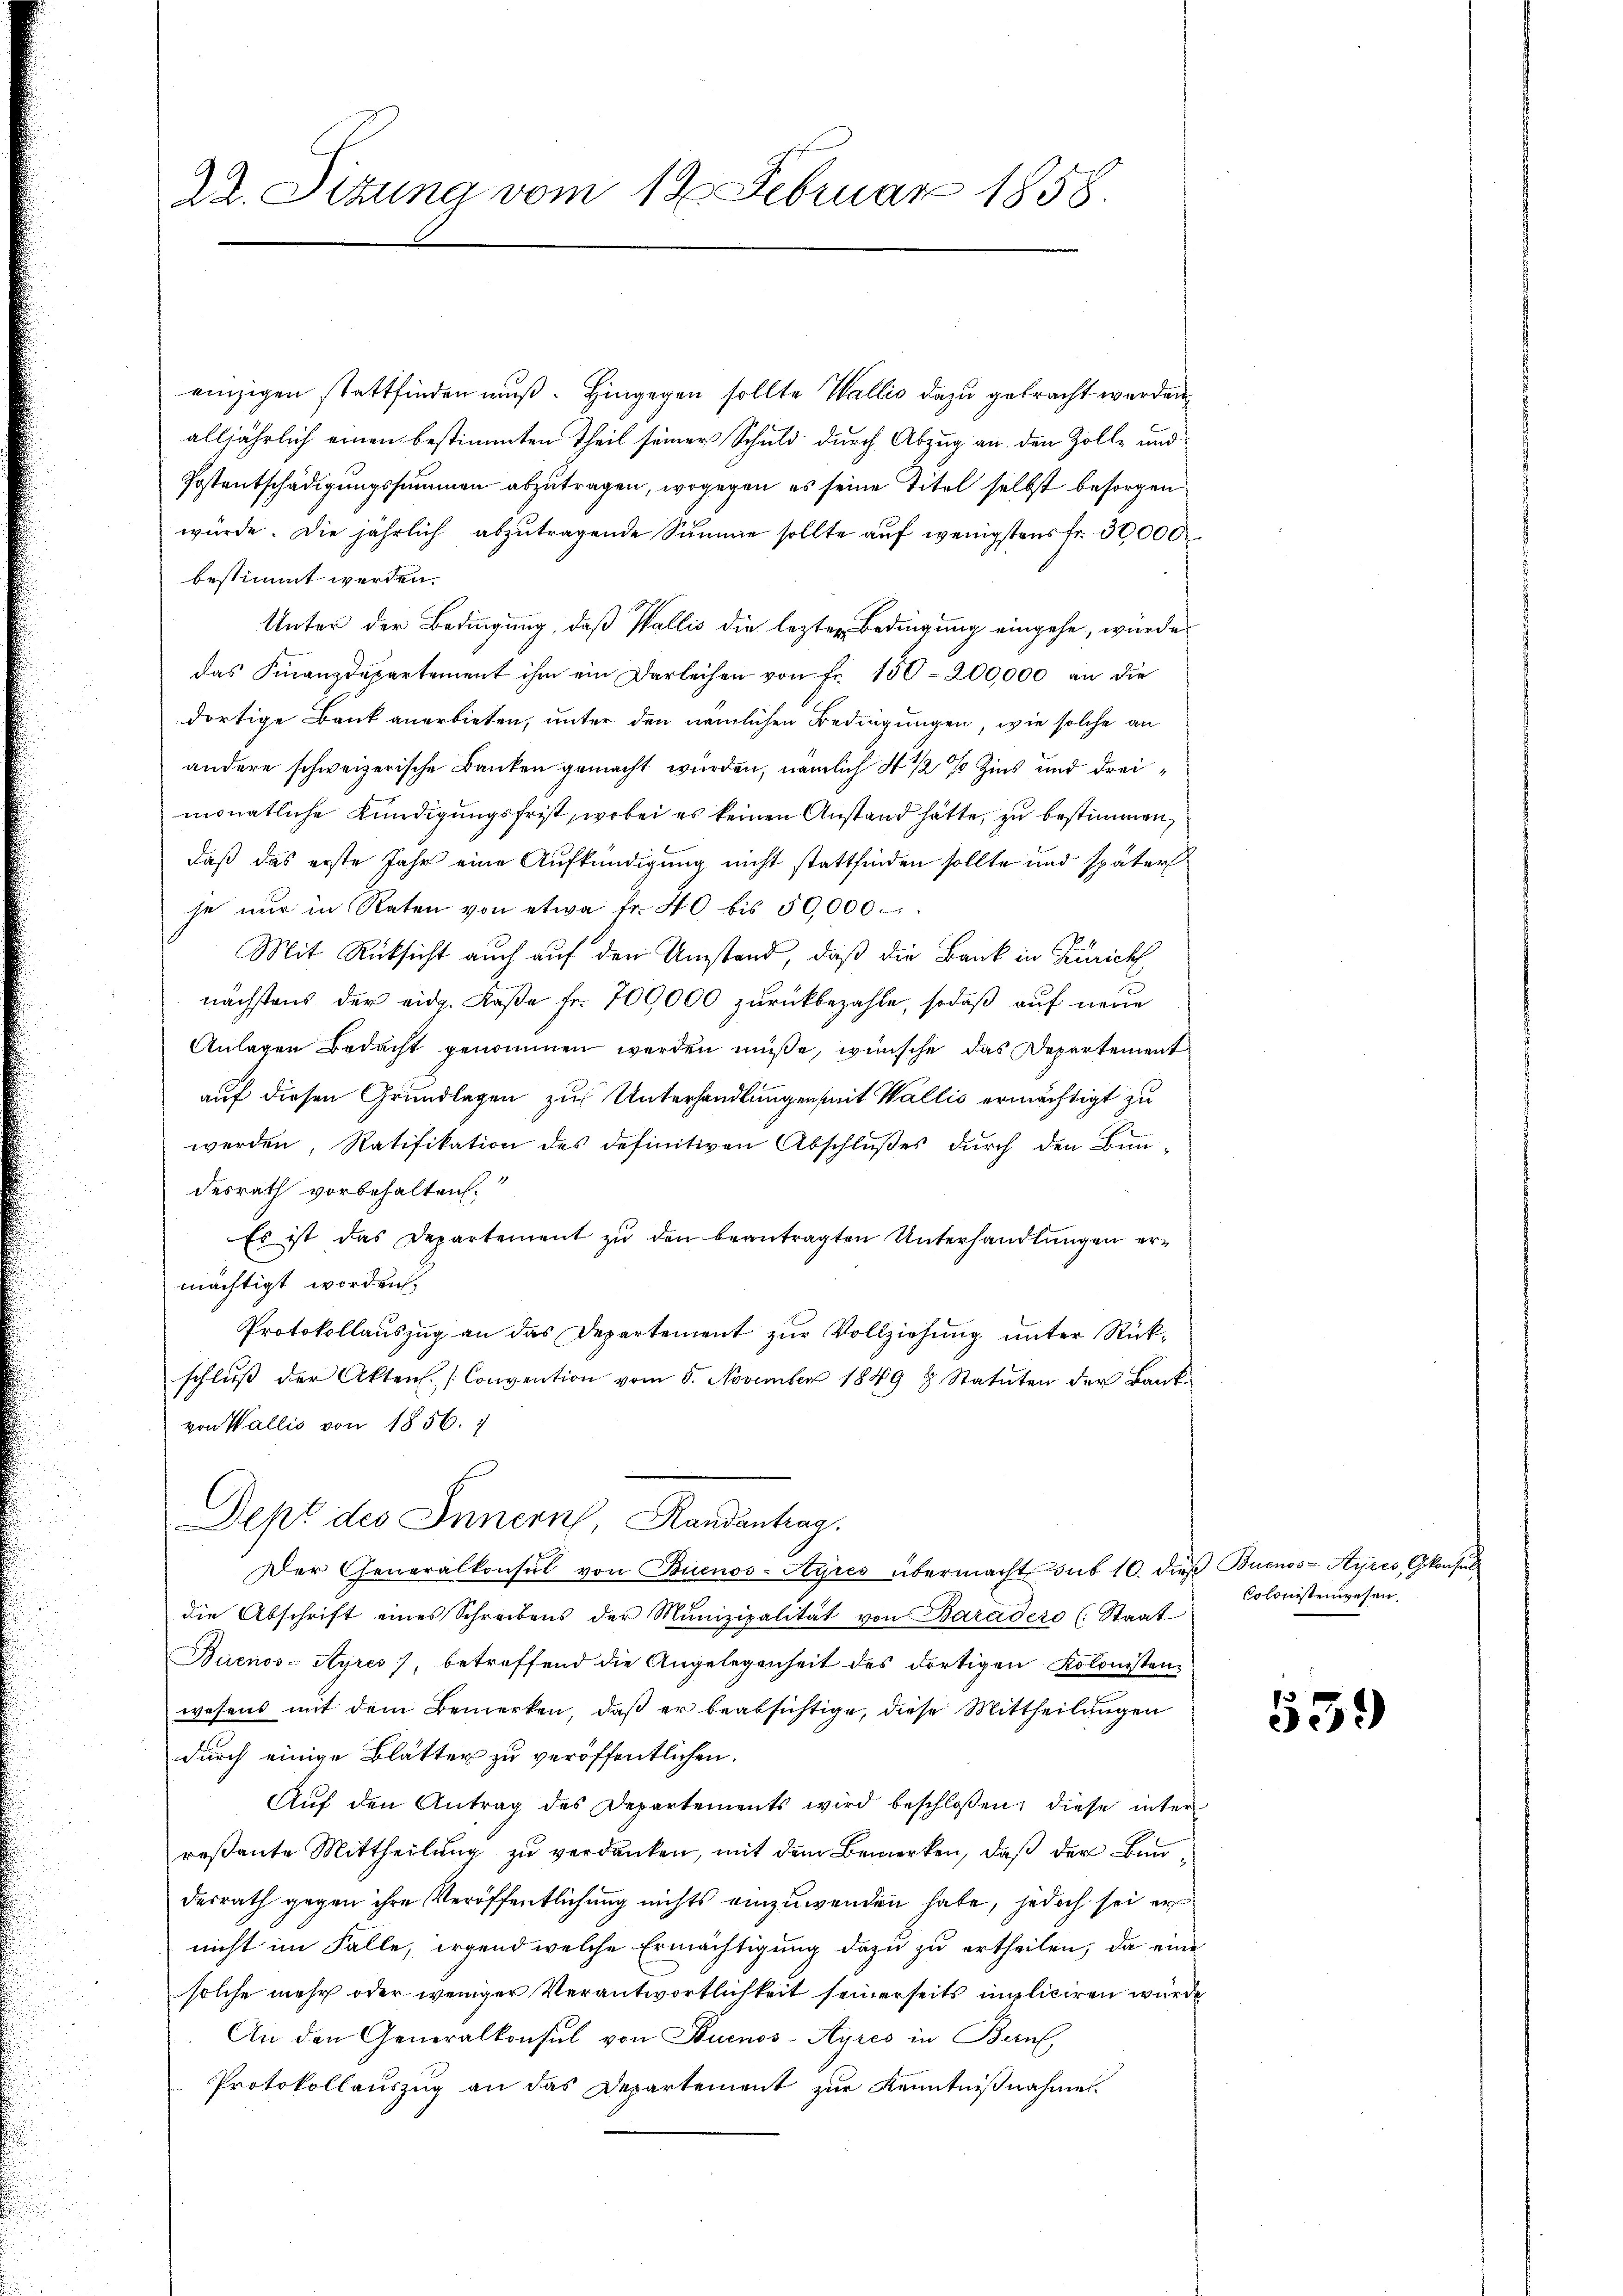
einzigen stattfinden muß. Hingegen sollte Wallis dazu gebracht werden,
alljährlich einen bestimmten Theil seiner Schuld durch Abzug an den Zolle und
Postentschädigungssummen abzutragen, wogegen es seine Titel selbst besorgen
würde. Die jährlich abzutragende Summe sollte auf wenigstens Fr. 30000
bestimmt werden.
Unter der Bedingung, daß Wallis die lezten Bedingung eingehe, würde
das Finanzdepartement ihm ein Darleihen von Fr. 150-200,000 an die
dortige Bank anerbieten, unter den nämlichen Bedingungen, wie solche an
andere schweizerische Banken gemacht wurden, nämlich 4 1/2 % Zins und dreimonatliche Kündigungsfrist, wobei es keinen Anstand hatte, zu bestimmen,
daß das erste Jahr eine Aufkündigung nicht stattfinden sollte und später
je nur in Raten von etwa fr. 40 bis 50,000.
Mit Rücksicht auch auf den Umstand, daß die Bank in Zürich
nächstens der eidg. Kaße fr. 700,000 zurückbezahle, sodaß auf neue
Anlagen Bedacht genommen werden müsse, wünsche das Departement
auf diesen Grundlegen zur Unterhandlungen mit Wallis ermächtigt zu
werden, Ratifikation des definitiven Abschlŭβes dŭrch den Bun-
desrath vorbehalten.
Es ist das Departement zu den beantragten Unterhandlungen ermächtigt worden.
Protokollauszug an das Departement zur Vollziehung unter Rückschlŭβ der Akten. (Convention vom 6. November 1849 & Statuten der Bank
von Wallis von 1856. 7
Dept des Innern, Randantrag.
Der Generalkonsul von Buenos-Ayres übermacht, das 10. dieß Buenos-Ayres, konsul
die Abschrift eines Schreibens der Munizipalität von Baradere (Staat
Buenos-Ayres, betreffend die Angelegenheit des dortigen Kolonisten-
wesens mit dem Bemerken, daß er beabsichtige, diese Mittheilungen
durch einige Blätter zu veröffentlichen.
Aŭf den Antrag des Departements wird beschlossen, diese inter
reßante Mittheilung zu verdanken, mit dem Bemerken, daß der Bundesrath gegen ihre Veröffentlichung nichts einzuwenden habe, jedoch sei er
nicht im Falle, irgend welche Ermächtigung dazu zu ertheilen, da eine
solche mehr oder weniger Verantwortlichkeit seinerseits impliciren würde
An den Generalkonsul von Buenos-Ayres in Bern,
Protokollauszug an das Departement zur Kenntnißnahme

Dr. Sitzung vom 12. Februar 1858.

Colonistenwesen.

53.)